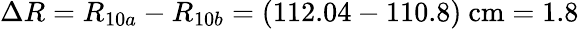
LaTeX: \Delta R=R_{10a}-R_{10b}=(112.04-110.8)~\textrm{cm}=1.8